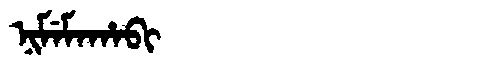
Manchu: ᠨᡳᠮᡝᠮᠠᡥᠠᠪᡳ
Romanization: NIMEMAHABI